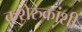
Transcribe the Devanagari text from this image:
कशेरुकांशी